[Report on the health of British troops in the Madras command]
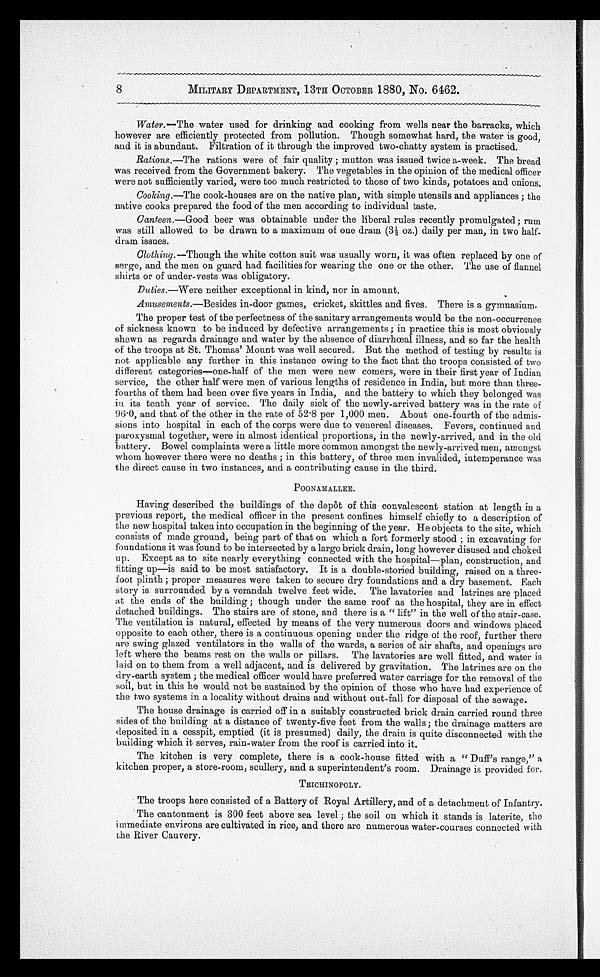
8
MILITARY DEPARTMENT, 13TH OCTOBER 1880, No. 6462.
Water .—The water used for drinking and cooking from wells near the barracks, which
however are efficiently protected from pollution. Though somewhat hard, the water is good,
and it is abundant. Filtration of it through the improved two-chatty system is practised.
Rations.—The rations were of fair quality ; mutton was issued twice a-week. The bread
was received from the Government bakery. The vegetables in the opinion of the medical officer
were not sufficiently varied, were too much restricted to those of two kinds, potatoes and onions.
Cooking.—The cook-houses are on the native plan, with simple utensils and appliances ; the
native cooks prepared the food of the men according to individual taste.
Canteen. —Good beer was obtainable under the liberal rules recently promulgated ; rum
was still allowed to be drawn to a maximum of one dram (3½ oz.) daily per man, in two half-
dram issues.
Clothing.—Though the white cotton suit was usually worn, it was often replaced by one of
serge, and the men on guard had facilities for wearing the one or the other. The use of flannel
shirts or of under-vests was obligatory.
Duties.—Were neither exceptional in kind, nor in amount.
Amusements.—Besides in-door games, cricket, skittles and fives. There is a gymnasium.
The proper test of the perfectness of the sanitary arrangements would be the non-occurrence
of sickness known to be induced by defective arrangements ; in practice this is most obviously
shewn as regards drainage and water by the absence of diarrhœal illness, and so far the health
of the troops at St. Thomas' Mount was well secured. But the method of testing by results is
not applicable any further in this instance owing to the fact that the troops consisted of two
different categories—one-half of the men were new comers, were in their first year of Indian
service, the other half were men of various lengths of residence in India, but more than three-
fourths of them had been over five years in India, and the battery to which they belonged was
in its tenth year of service. The daily sick of the newly-arrived battery was in the rate of
96.0, and that of the other in the rate of 52.8 per 1,000 men. About one-fourth of the admis-
sions into hospital in each of the corps were due to venereal diseases. Fevers, continued and
paroxysmal together, were in almost identical proportions, in the newly-arrived, and in the old
battery. Bowel complaints were a little more common amongst the newly-arrived men, amongst
whom however there were no deaths ; in this battery, of three men invalided, intemperance was
the direct cause in two instances, and a contributing cause in the third.
POONAMALLEE.
Having described the buildings of the depôt of this convalescent station at length in a
previous report, the medical officer in the present confines himself chiefly to a description of
the new hospital taken into occupation in the beginning of the year. He objects to the site, which
consists of made ground, being part of that on which a fort formerly stood ; in excavating for
foundations it was found to be intersected by a large brick drain, long however disused and choked
up. Except as to site nearly everything connected with the hospital—plan, construction, and
fitting up—is said to be most satisfactory. It is a double-storied building, raised on a three-
foot plinth ; proper measures were taken to secure dry foundations and a dry basement. Each
story is surrounded by a verandah twelve feet wide. The lavatories and latrines are placed
at the ends of the building ; though under the same roof as the hospital, they are in effect
detached buildings. The stairs are of stone, and there is a "lift" in the well of the stair-case.
The ventilation is natural, effected by means of the very numerous doors and windows placed
opposite to each other, there is a continuous opening under the ridge of the roof, further there
are swing glazed ventilators in the walls of the wards, a series of air shafts, and openings are
left where the beams rest on the walls or pillars. The lavatories are well fitted, and water is
laid on to them from a well adjacent, and is delivered by gravitation. The latrines are on the
dry-earth system ; the medical officer would have preferred water carriage for the removal of the
soil, but in this he would not be sustained by the opinion of those who have had experience of
the two systems in a locality without drains and without out-fall for disposal of the sewage.
The house drainage is carried off in a suitably constructed brick drain carried round three
sides of the building at a distance of twenty-five feet from the walls ; the drainage matters are
deposited in a cesspit, emptied (it is presumed) daily, the drain is quite disconnected with the
building which it serves, rain-water from the roof is carried into it.
The kitchen is very complete, there is a cook-house fitted with a "Duff's range," a
kitchen proper, a store-room, scullery, and a superintendent's room. Drainage is provided for.
TRICHINOPOLY.
•The troops here consisted of a Battery of Royal Artillery, and of a detachment of Infantry.
• The cantonment is 300 feet above sea level ; the soil on which it stands is laterite, the
immediate environs are cultivated in rice, and there are numerous water-courses connected with
the River Cauvery.